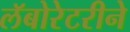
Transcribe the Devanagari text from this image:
लॅबोरेटरीने